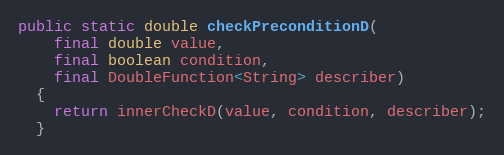
Language: Java
public static double checkPreconditionD(
    final double value,
    final boolean condition,
    final DoubleFunction<String> describer)
  {
    return innerCheckD(value, condition, describer);
  }